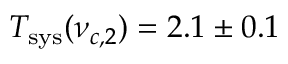
T _ { \mathrm { s y s } } ( \nu _ { c , 2 } ) = 2 . 1 \pm 0 . 1